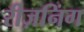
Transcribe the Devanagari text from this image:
रीज़निंग